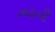
ઝડતી